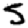
Digit: 5